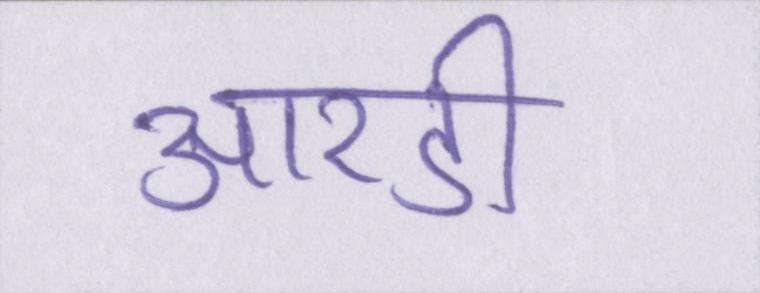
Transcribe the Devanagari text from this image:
आरडी